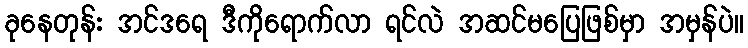
ခုနေတုန်း အင်ဒရေ ဒီကိုရောက်လာ ရင်လဲ အဆင်မပြေဖြစ်မှာ အမှန်ပဲ။